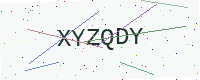
Text: XYZQDY